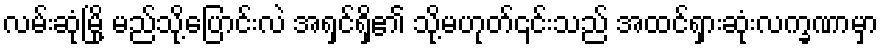
လမ်းဆုံမြို့ မည်သို့ပြောင်းလဲ အရှင်ရှိ၏ သို့မဟုတ်၎င်းသည် အထင်ရှားဆုံးလက္ခဏာမှာ